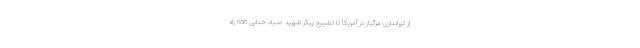
از تیراندازی مرگبار در آمریکا تا تشییع پیکر شهید صیاد خدایی nan راه